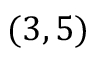
( 3 , 5 )